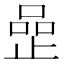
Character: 𠹜